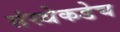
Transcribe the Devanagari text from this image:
संस्थेकडेच